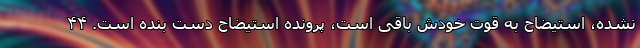
نشده، استیضاح به قوت خودش باقی است، پرونده استیضاح دست بنده است. ۴۴